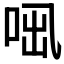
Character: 𠲫